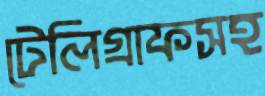
টেলিগ্রাফসহ